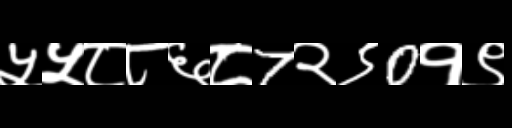
Text: ५५८८६८7२९0१९